Annual statistical returns and brief notes on vaccination in Bengal - 1909-1929
Year: 1909
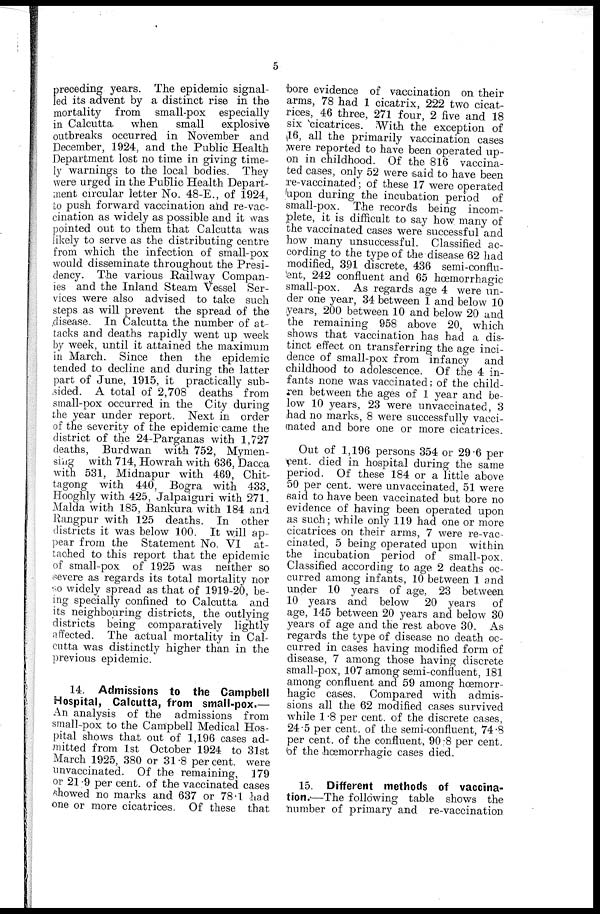
5
preceding years. The epidemic signal-
led its advent by a distinct rise in the
mortality from small-pox especially
in Calcutta
when
small
explosive
outbreaks occurred in November and
December, 1924, and the Public Health
Department lost no time in giving time-
ly warnings to the local bodies. They
were urged in the Public Health Depart-
ment circular letter No. 48-E., of 1924,
to push forward vaccination and re-vac-
cination as widely as possible and it was
pointed out to them that Calcutta was
likely to serve as the distributing centre
from which the infection of small-pox
would disseminate throughout the Presi-
dency. The various Railway Compan-
ies and the Inland Steam Vessel Ser-
vices were also advised to take such
steps as will prevent the spread of the
disease. In Calcutta the number of at-
tacks and deaths rapidly went up week
by week, until it attained the maximum
in March. Since then the epidemic
tended to decline and during the latter
part of June, 1915, it practically sub-
sided. A total of 2,708 deaths from
small-pox occurred in the City during
the year under report. Next in order
of the severity of the epidemic came the
district of the 24-Parganas with 1,727
deaths, Burdwan with 752, Mymen-
sing with 714, Howrah with 636, Dacca
with 531, Midnapur with 469, Chit-
tagong with 440, Bogra with 433,
Hooghly with 425, Jalpaiguri with 271.
Malda with 185, Bankura with 184 and
Rangpur with 125 deaths. In other
districts it was below 100. It will ap-
pear from the Statement No. VI at-
tached to this report that the epidemic
of small-pox of 1925 was neither so
severe as regards its total mortality nor
so widely spread as that of 1919-20, be-
ing specially confined to Calcutta and
its neighbouring districts, the outlying
districts being comparatively lightly
affected. The actual mortality in Cal-
cutta was distinctly higher than in the
previous epidemic.
14. Admissions to the Campbell
Hospital, Calcutta, from small-pox.—
An analysis of the admissions from
small-pox to the Campbell Medical Hos-
pital shows that out of 1,196 cases ad-
mitted from 1st October 1924 to 31st
March 1925, 380 or 31.8 per cent. were
unvaccinated. Of the remaining, 179
or 21.9 per cent. of the vaccinated cases
showed no marks and 637 or 78.1 had
one or more cicatrices. Of these that
bore evidence of vaccination on their
arms, 78 had 1 cicatrix, 222 two cicat-
rices, 46 three, 271 four, 2 five and 18
six cicatrices. With the exception of
16, all the primarily vaccination cases
were reported to have been operated up-
on in childhood. Of the 816 vaccina-
ted cases, only 52 were said to have been
re-vaccinated; of these 17 were operated
upon during the incubation period of
small-pox. The records being incom-
plete, it is difficult to say how many of
the vaccinated cases were successful and
how many unsuccessful. Classified ac-
cording to the type of the disease 62 had
modified, 391 discrete, 436 semi-conflu-
ent, 242 confluent and 65 hœmorrhagic
small-pox. As regards age 4 were un-
der one year, 34 between 1 and below 10
years, 200 between 10 and below 20 and
the remaining 958 above 20, which
shows that vaccination has had a dis-
tinct effect on transferring the age inci-
dence of small-pox from infancy
and
childhood to adolescence. Of the 4 in-
fants none was vaccinated; of the child-
ren between the ages of 1 year and be-
low 10 years, 23 were unvaccinated, 3
had no marks, 8 were successfully vacci-
nated and bore one or more cicatrices.
Out of 1,196 persons 354 or 29.6 per
cent. died in hospital during the same
period. Of these 184 or a little above
50 per cent. were unvaccinated, 51 were
said to have been vaccinated but bore no
evidence of having been operated upon
as such; while only 119 had one or more
cicatrices on their arms, 7 were re-vac-
cinated, 5 being operated upon within
the incubation period of small-pox.
Classified according to age 2 deaths oc-
curred among infants, 10 between 1 and
under 10 years of age, 23 between
10 years and below 20 years of
age, 145 between 20 years and below 30
years of age and the rest above 30. As
regards the type of disease no death oc-
curred in cases having modified form of
disease, 7 among those having discrete
small-pox, 107 among semi-confluent, 181
among confluent and 59 among hœmorr-
hagic cases. Compared with admis-
sions all the 62 modified cases survived
while 1.8 per cent. of the discrete cases,
24.5 per cent. of the semi-confluent, 74.8
per cent. of the confluent, 90.8 per cent.
of the hœmorrhagic cases died.
15. Different methods of vaccina-
tion.—The following table shows the
number of primary and re-vaccination